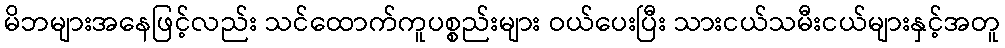
မိဘများအနေဖြင့်လည်း သင်ထောက်ကူပစ္စည်းများ ဝယ်ပေးပြီး သားငယ်သမီးငယ်များနှင့်အတူ